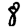
Digit: 8